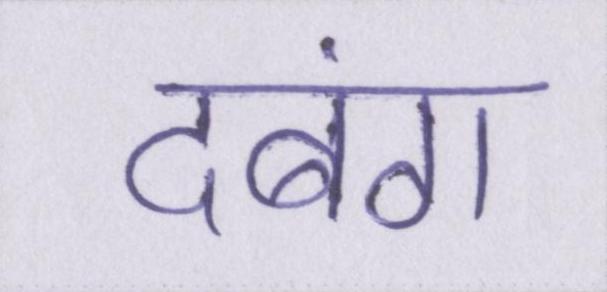
दबंग